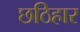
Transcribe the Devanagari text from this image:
छठिहार